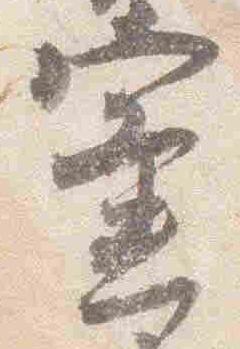
蜜